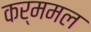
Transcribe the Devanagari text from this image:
कर्ममल